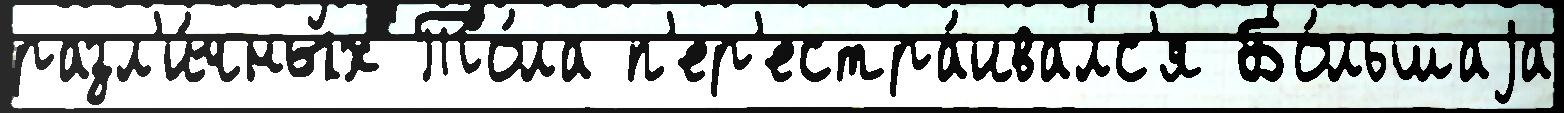
разл'и́чных То́ла п'ер'естра́ивалс'я Бо́льшаjа